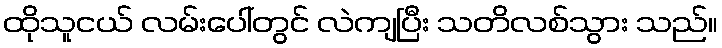
ထိုသူငယ် လမ်းပေါ်တွင် လဲကျပြီး သတိလစ်သွား သည်။